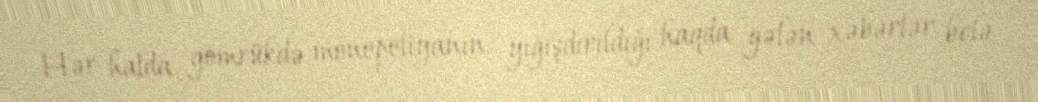
Hər halda, gömrükdə monopoliyanın yığışdırıldığı haqda gələn xəbərlər belə